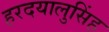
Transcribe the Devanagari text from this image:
हरदयालुसिंह